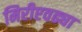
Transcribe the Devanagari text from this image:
मिरीएवढ्या